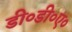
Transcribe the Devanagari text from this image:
डी०डी०ए०